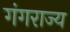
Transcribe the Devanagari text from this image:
गंगराज्य